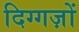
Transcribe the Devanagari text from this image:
दिग्गज़ों